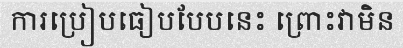
ការប្រៀបធៀបបែបនេះ ព្រោះវាមិន